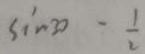
\sin 3 0 - \frac { 1 } { 2 }